Indian journal of veterinary science and animal husbandry - Volumes 24-25, 1954-1955
Year: 1954
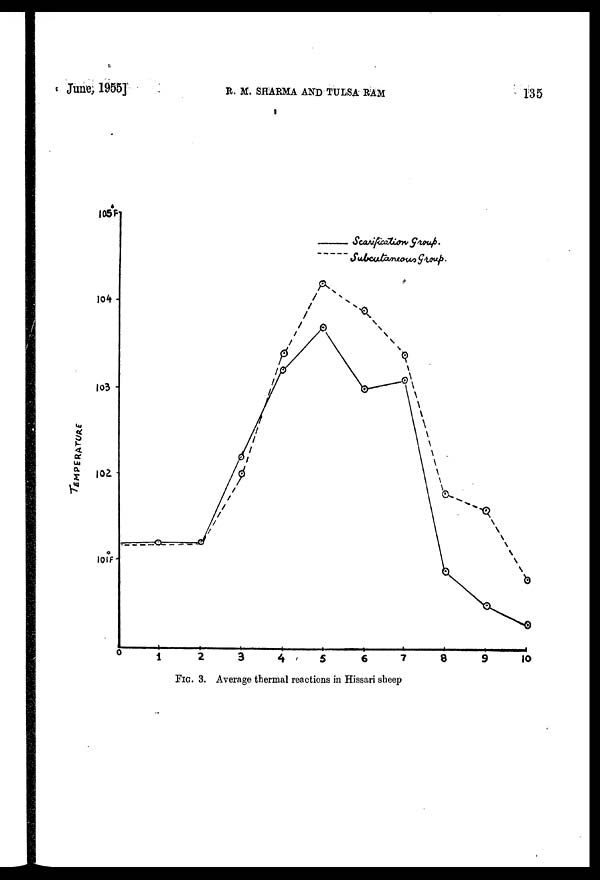
June, 1955]
R.
M.
SHARMA
AND
TULSA
RAM
135
FIG. 3. Average thermal reactions in Hissari sheep